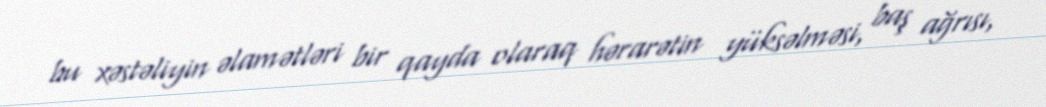
bu xəstəliyin əlamətləri bir qayda olaraq hərarətin yüksəlməsi, baş ağrısı,